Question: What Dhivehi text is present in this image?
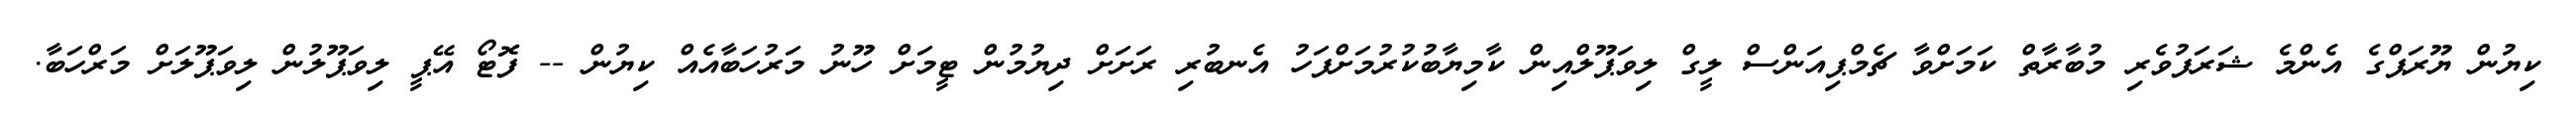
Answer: ކިޔުން ޔޫރަޕްގެ އެންމެ ޝަރަފުވެރި މުބާރާތް ކަމަށްވާ ޗެމްޕިއަންސް ލީގް ލިވަޕޫލްއިން ކާމިޔާބުކުރުމަށްފަހު އެނބުރި ރަށަށް ދިޔުމުން ޓީމަށް ހޫނު މަރުހަބާއެއް ކިޔުން -- ފޮޓޯ އޭޕީ ލިވަޕޫލުން ލިވަޕޫލަށް މަރްހަބާ.